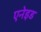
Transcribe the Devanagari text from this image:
एनेइड